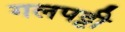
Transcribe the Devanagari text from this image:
गलपट्टी